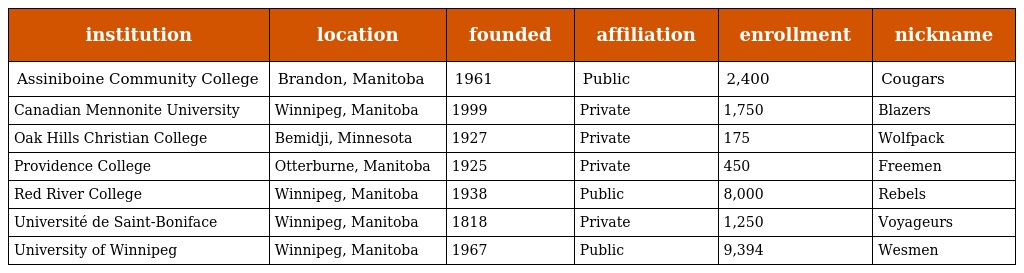
| institution | location | founded | affiliation | enrollment | nickname |
 | --- | --- | --- | --- | --- | --- |
 | Assiniboine Community College | Brandon, Manitoba | 1961 | Public | 2,400 | Cougars |
 | Canadian Mennonite University | Winnipeg, Manitoba | 1999 | Private | 1,750 | Blazers |
 | Oak Hills Christian College | Bemidji, Minnesota | 1927 | Private | 175 | Wolfpack |
 | Providence College | Otterburne, Manitoba | 1925 | Private | 450 | Freemen |
 | Red River College | Winnipeg, Manitoba | 1938 | Public | 8,000 | Rebels |
 | Université de Saint-Boniface | Winnipeg, Manitoba | 1818 | Private | 1,250 | Voyageurs |
 | University of Winnipeg | Winnipeg, Manitoba | 1967 | Public | 9,394 | Wesmen |